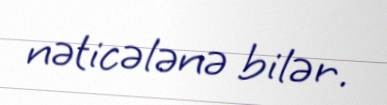
nəticələnə bilər.